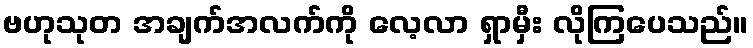
ဗဟုသုတ အချက်အလက်ကို လေ့လာ ရှာမှီး လိုကြပေသည်။